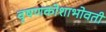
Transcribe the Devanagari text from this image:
वृषणकोशाभोवती